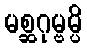
မစ္ဆဂုမ္ဗမ္ပိ